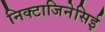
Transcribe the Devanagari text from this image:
निक्टाजिनेसिई